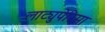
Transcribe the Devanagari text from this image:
लाट्युपेरिसा